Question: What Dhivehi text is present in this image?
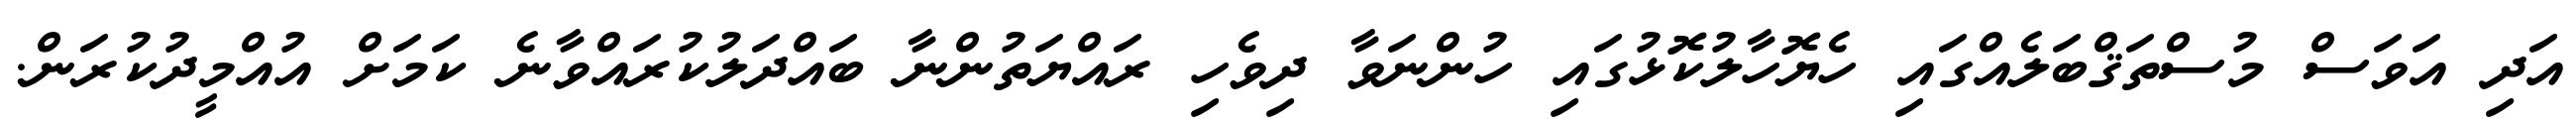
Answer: އަދި އަވަސް މުސްތަޤްބަލެއްގައި ހެޔޮހާލުކޮޅުގައި ހުންނަވާ ދިވެހި ރައްޔަތުންނާ ބައްދަލުކުރައްވާނެ ކަމަށް އުއްމީދުކުރަން.